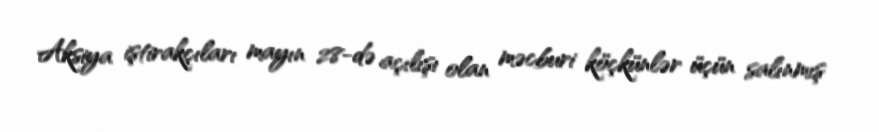
Aksiya iştirakçıları mayın 28-də açılışı olan məcburi köçkünlər üçün salınmış